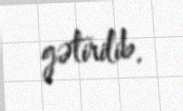
gətirilib.